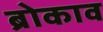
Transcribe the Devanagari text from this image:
ब्रोकाव